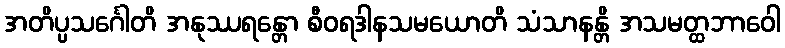
အတိပ္ပသင်္ဂေါတိ အနုဿရန္တော စီဝရဒါနသမယောတိ သံသာနန္တိ အသမတ္ထဘာဝေါ